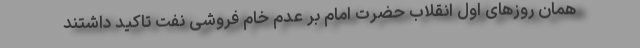
همان روزهای اول انقلاب حضرت امام بر عدم خام فروشی نفت تاکید داشتند